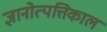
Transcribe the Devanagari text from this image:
ज्ञानोत्पत्तिकाल